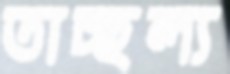
তাচ্ছল্য